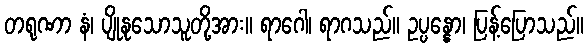
တရုဏာ နံ၊ ပျိုနုသောသူတို့အား။ ရာဂေါ၊ ရာဂသည်။ ဥပ္ပန္နော၊ ပြန့်ပြောသည်။